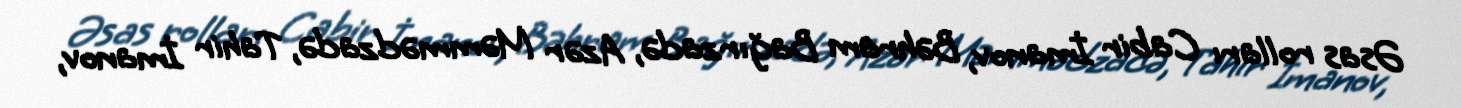
Əsas rolları Cabir İmanov, Bəhram Bağırzadə, Azər Məmmədzadə, Tahir İmanov,